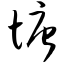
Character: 塘